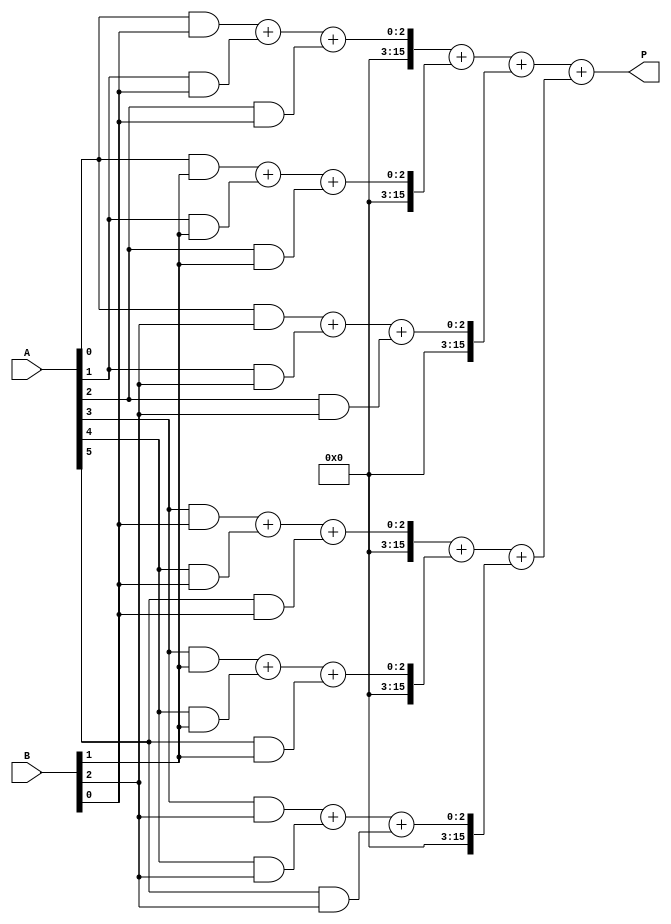
module higher_radix_wallace_tree_multiplier #(parameter N = 8) (
    input [N-1:0] A,
    input [N-1:0] B,
    output reg [2*N-1:0] P
);

    // Partial product generation
    wire [N-1:0] pp [0:7]; // Partial products for Radix-8
    genvar i;
    generate
        for (i = 0; i < N; i = i + 1) begin : pp_gen
            assign pp[i][0] = A[0] & B[i]; // LSB
            assign pp[i][1] = A[1] & B[i]; // 2nd bit
            assign pp[i][2] = A[2] & B[i]; // 3rd bit
            assign pp[i][3] = A[3] & B[i]; // 4th bit
            assign pp[i][4] = A[4] & B[i]; // 5th bit
            assign pp[i][5] = A[5] & B[i]; // 6th bit
            assign pp[i][6] = A[6] & B[i]; // 7th bit
            assign pp[i][7] = A[7] & B[i]; // MSB
        end
    endgenerate

    // Wallace Tree Reduction using Carry Save Adders
    wire [2*N-1:0] sum [0:7];
    wire [2*N-1:0] carry [0:7];

    // Initial stage of reduction
    generate
        for (i = 0; i < N; i = i + 1) begin : reduction_stage
            assign sum[i] = pp[i][0] + pp[i][1] + pp[i][2];
            assign carry[i] = pp[i][3] + pp[i][4] + pp[i][5];
        end
    endgenerate

    // Further reduction stages
    wire [2*N-1:0] final_sum, final_carry;

    assign final_sum = sum[0] + sum[1] + sum[2];
    assign final_carry = carry[0] + carry[1] + carry[2];

    // Final addition
    always @(*) begin
        P = final_sum + final_carry;
    end

endmodule